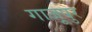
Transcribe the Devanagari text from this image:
गाजूपुर